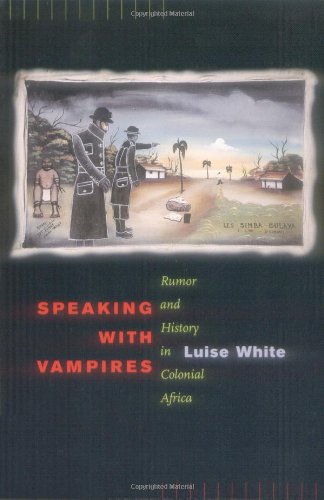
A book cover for Speaking with Vampires: Rumor and History in Colonial Africa; Luise White; Literature & Fiction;